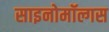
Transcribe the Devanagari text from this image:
साइनोमॉल्गस